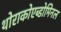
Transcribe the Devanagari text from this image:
थोराकोएब्डोमिनल